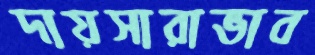
দায়সারাভাব